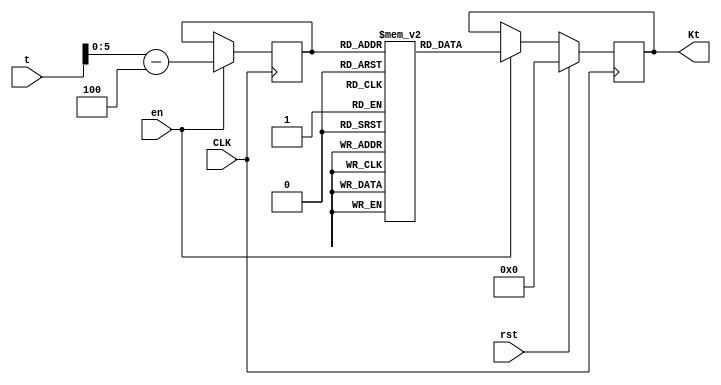
`timescale 1ns / 1ps
/*
 * This software is Copyright (c) 2018 Denis Burykin
 * [denis_burykin yahoo com], [denis-burykin2014 yandex ru]
 * and it is hereby released to the general public under the following terms:
 * Redistribution and use in source and binary forms, with or without
 * modification, are permitted.
 *
 */

`define	Kt_N_CYCLES		64

`define	Kt(x) (K[32*(`Kt_N_CYCLES-(x))-1 -:32])

module md5_Kt_dram(
	input CLK,
	input [6:0] t,
	input en, rst,
	output reg [31:0] Kt = 0
	);

	localparam [32*`Kt_N_CYCLES-1 :0] K = {
		32'hd76aa478, 32'he8c7b756, 32'h242070db, 32'hc1bdceee,
		32'hf57c0faf, 32'h4787c62a, 32'ha8304613, 32'hfd469501,
		32'h698098d8, 32'h8b44f7af, 32'hffff5bb1, 32'h895cd7be,
		32'h6b901122, 32'hfd987193, 32'ha679438e, 32'h49b40821,

		32'hf61e2562, 32'hc040b340, 32'h265e5a51, 32'he9b6c7aa,
		32'hd62f105d, 32'h02441453, 32'hd8a1e681, 32'he7d3fbc8,
		32'h21e1cde6, 32'hc33707d6, 32'hf4d50d87, 32'h455a14ed,
		32'ha9e3e905, 32'hfcefa3f8, 32'h676f02d9, 32'h8d2a4c8a,

		32'hfffa3942, 32'h8771f681, 32'h6d9d6122, 32'hfde5380c,
		32'ha4beea44, 32'h4bdecfa9, 32'hf6bb4b60, 32'hbebfbc70,
		32'h289b7ec6, 32'heaa127fa, 32'hd4ef3085, 32'h04881d05,
		32'hd9d4d039, 32'he6db99e5, 32'h1fa27cf8, 32'hc4ac5665,

		32'hf4292244, 32'h432aff97, 32'hab9423a7, 32'hfc93a039,
		32'h655b59c3, 32'h8f0ccc92, 32'hffeff47d, 32'h85845dd1,
		32'h6fa87e4f, 32'hfe2ce6e0, 32'ha3014314, 32'h4e0811a1,
		32'hf7537e82, 32'hbd3af235, 32'h2ad7d2bb, 32'heb86d391
	};

	integer i;

	(* RAM_STYLE="distributed" *)
	reg [31:0] mem [0:`Kt_N_CYCLES-1];
	initial
		for (i = 0; i < `Kt_N_CYCLES; i = i+1)
			mem[i] = `Kt(i);


	reg [5:0] rd_addr;
	always @(posedge CLK) begin
		if (en)
			rd_addr <= t - 4;
		
		if (rst)
			Kt <= 0;
		else if (en)
			Kt <= mem[rd_addr];
	end


endmodule